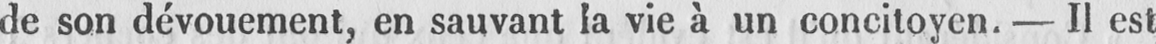
vie à un concitoyen. - Il est